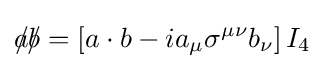
{a\!\!\!/}{b\!\!\!/}=\left[a\cdot b-ia_{\mu }\sigma ^{\mu \nu }b_{\nu }\right]I_{4}